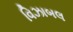
વિઝાબલ